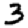
Digit: 3